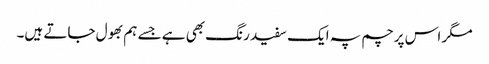
مگر اس پرچم پہ ایک سفید رنگ بھی ہے جسے ہم بھول جاتے ہیں۔